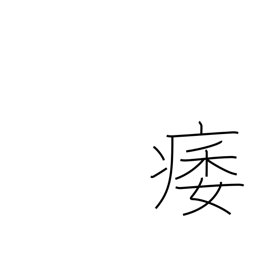
Meaning: atrophy